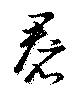
裠